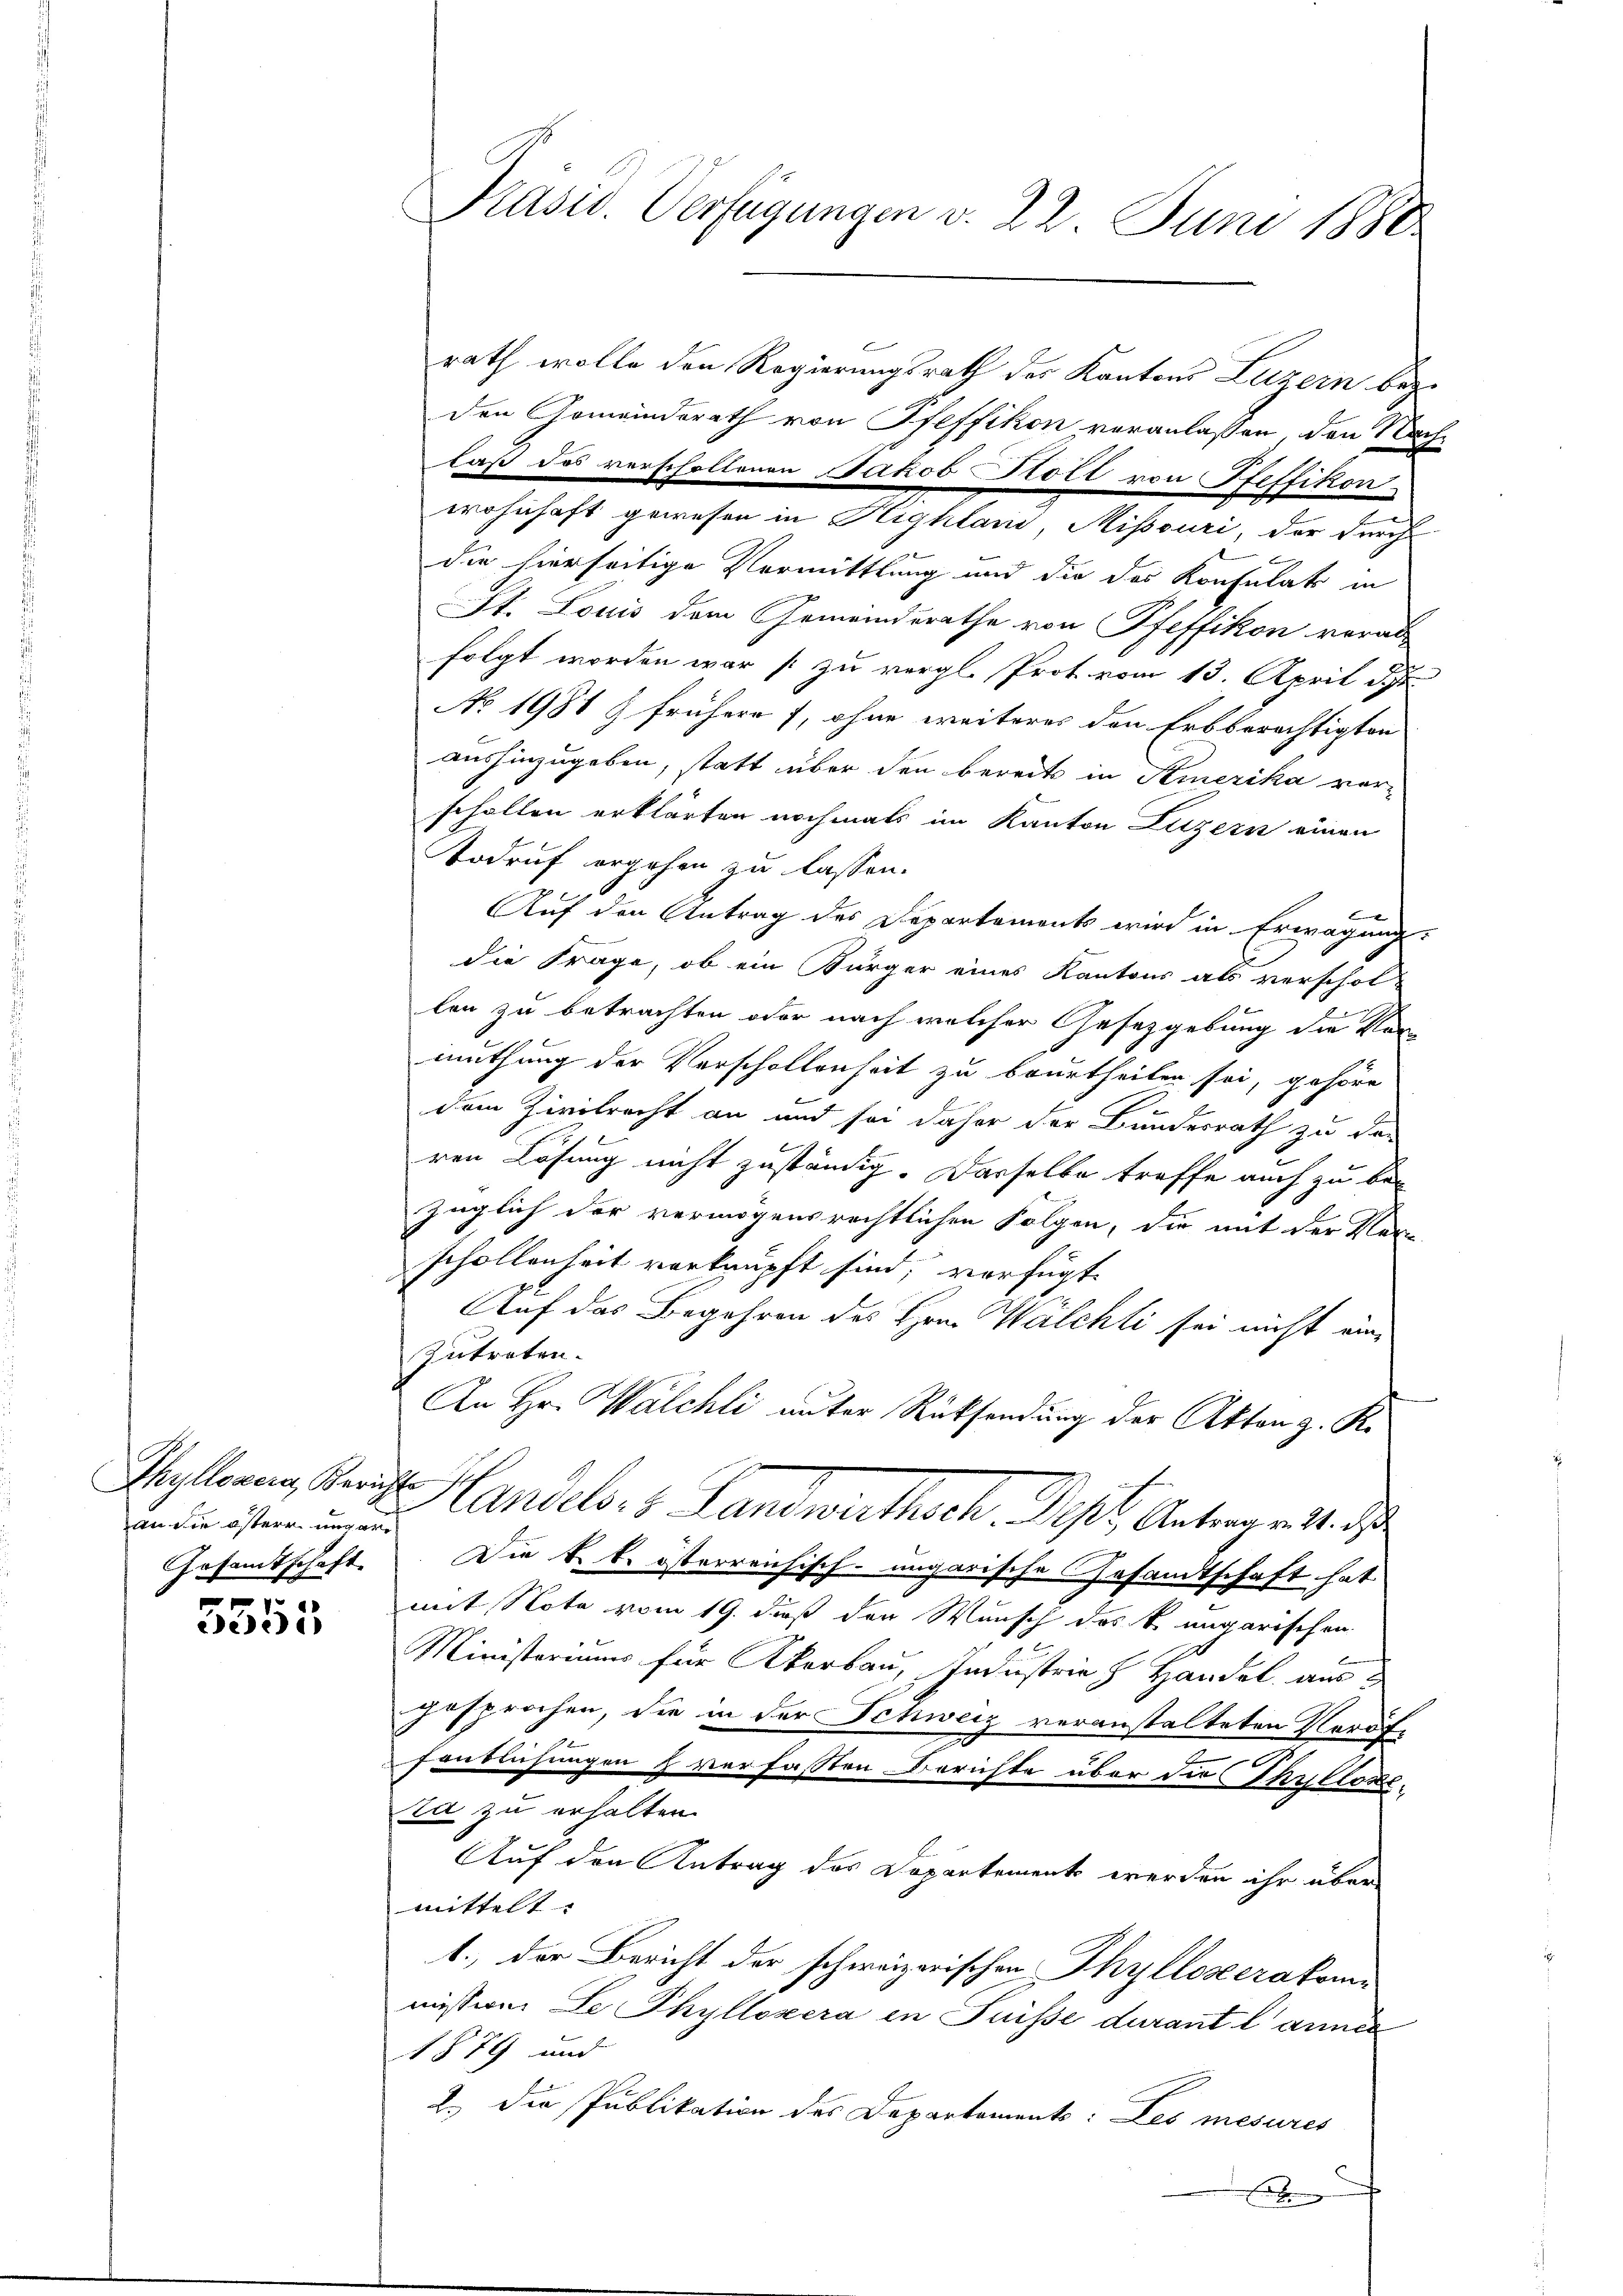
Thyllosera, Berichte
an die österr ungar
Gesamtschaft.
f

ede

Präsid. Verfügungen v. 22. Juni 1880

rath wolle den Regierungsrath des Kantons Luzern bez
den Gemeinderath von Pfeffikon veranlassen, den Nachlaß das verscholtenen Jakob Hott von Steffikon.
wohnhaft gewesen in Highland Misssuri, der durch
die hierseitige Vermittlung und die das Konsulats in
St. Louis dem Gemeinderathe von Pfeffikon verabfolgt worden war zu vergl. Prot. vom 13. April d. J.
No 1981 & frühere 7, ohne weiteres den Erbberechtigten
aushinzugeben, statt über den bereits in Semerika ver-
schalten erklärten nochmals im Kanton Luzern einen
Todruf ergehen zu lassen.
Auf den Antrag des Departements wird in Erwägung:
die Frage, ob ein Bürger eines Kantons als verschollen zu betrachten oder nach welcher Gesetzgebung die Vormuthung der Verschollenheit zu beurtheilen sei, gehöre
dem Zivilrecht an und sei daher der Bundesrath zu de-
ren Lösung nicht zuständig. Dasselbe treffe auch zu bezüglich der vermögensrechtlichen Folgen, die mit der Ver-
schollenheit verknüpft sind; verfügt
Auf das Begehren des Hrn. Walchli sei nicht eine
zutreten.
An Hr. Walchli unter Rücksendung der Akten z. R.
Handels. v. Landwirthsch. Dest. Antrageste
Die k. k. österreichisch-ungarische Gesandtschaft hat
mit Note vom 19. daß der Wunsch das k. ungarischen
Ministerium für Korbau, Industria  Handel aus
gesprochen, die in der Schweiz veranstalteten Veröffenblichungen h verfassten Berichte über die Thyllose
ta zu erhalten.
Auf den Antrag des Departements werden ihr über
mittelt. |
1., der Bericht der schweizerischen Thylloserakomi
mission. Le Phyllozera in Füsse durant l’annes
1879 und
2.) Die Publikation des Departements: Les mesures
e